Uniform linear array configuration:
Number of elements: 4
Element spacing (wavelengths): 0.5
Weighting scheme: kaiser
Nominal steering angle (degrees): -30
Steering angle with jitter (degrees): -28.844
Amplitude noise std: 0.05
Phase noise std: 0.05

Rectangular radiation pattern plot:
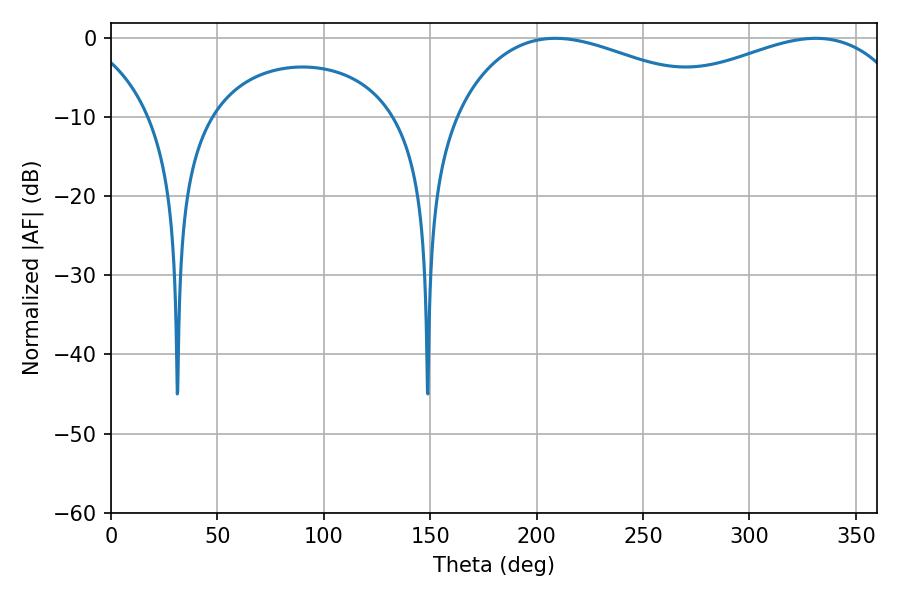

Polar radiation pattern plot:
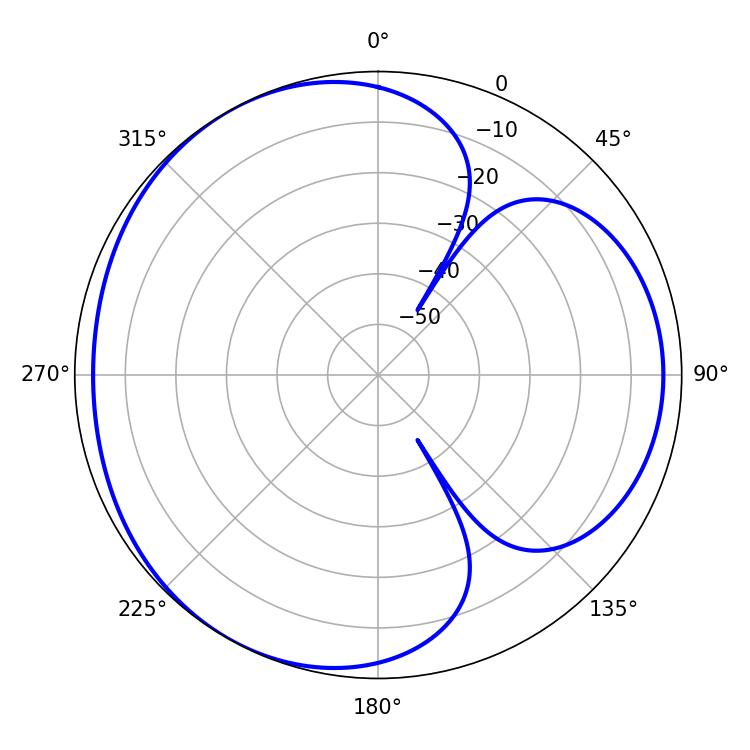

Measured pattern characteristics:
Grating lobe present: FALSE
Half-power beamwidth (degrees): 72.72
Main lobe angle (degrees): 208.8